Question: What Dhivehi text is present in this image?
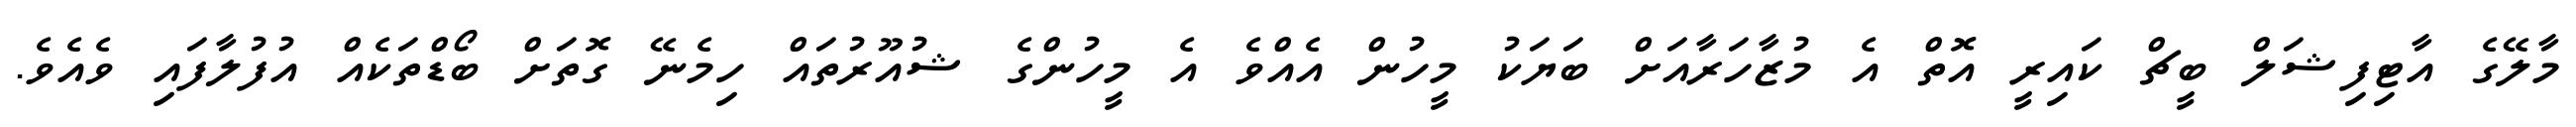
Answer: މާލޭގެ އާޓިފިޝަލް ބީޗް ކައިރީ އޮތް އެ މުޒާހަރާއަށް ބަޔަކު މީހުން އެއްވެ އެ މީހުންގެ ޝުއޫރުތައް ހިމެނޭ ގޮތަށް ބޯޑްތަކެއް އުފުލާފައި ވެއެވެ.